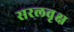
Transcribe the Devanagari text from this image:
सरलवृक्ष